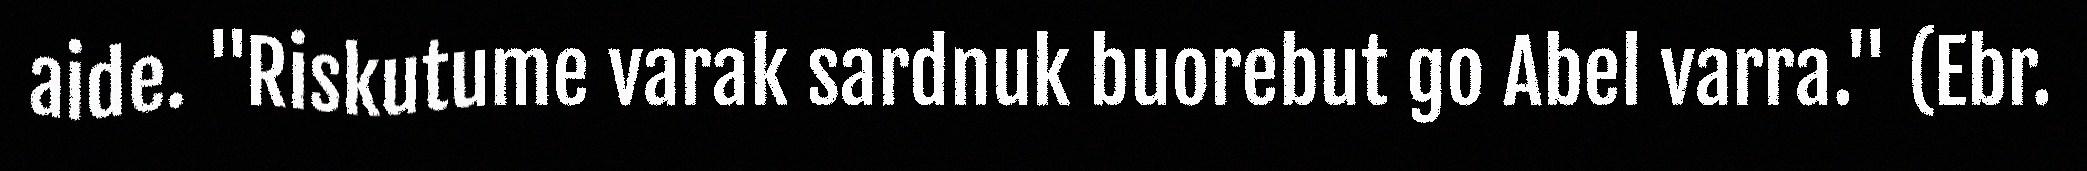
aide. "Riskutume varak sardnuk buorebut go Abel varra." (Ebr.